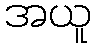
အယူ